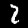
Label: 2